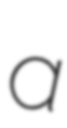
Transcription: a